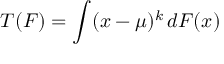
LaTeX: T ( F ) = \int ( x - \mu ) ^ { k } \, d F ( x )